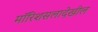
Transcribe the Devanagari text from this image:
मॉरिशसलादेखील